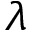
\lambda